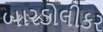
બારડોલીકર